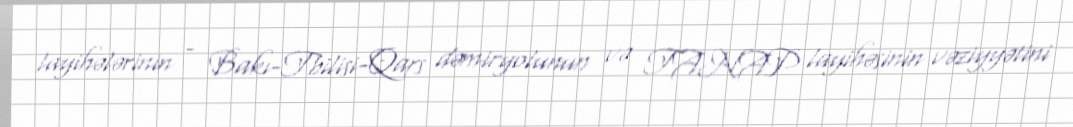
layihələrinin - Bakı-Tbilisi-Qars dəmiryolunun və TANAP layihəsinin vəziyyətini